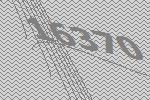
16370